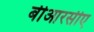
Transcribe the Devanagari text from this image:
बीआरसीए